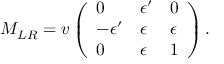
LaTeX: M _ { L R } = v \left( \begin{array} { l l l } { { 0 } } & { { \epsilon ^ { \prime } } } & { { 0 } } \\ { { - \epsilon ^ { \prime } } } & { { \epsilon } } & { { \epsilon } } \\ { { 0 } } & { { \epsilon } } & { { 1 } } \end{array} \right) .